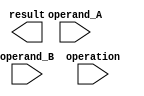
module FloatingPointALU (
    input wire [31:0] operand_A,
    input wire [31:0] operand_B,
    input wire [2:0] operation,
    output wire [31:0] result
);

// define IEEE 754 floating point format
parameter EXPONENT_WIDTH = 8;
parameter MANTISSA_WIDTH = 23;

// define states for different ALU operations
parameter ADD = 3'b000;
parameter SUBTRACT = 3'b001;
parameter MULTIPLY = 3'b010;
parameter DIVIDE = 3'b011;

// define internal signals
reg [31:0] exponent_A, exponent_B;
reg [MANTISSA_WIDTH-1:0] mantissa_A, mantissa_B, mantissa_result;
reg sign_A, sign_B, sign_result;
reg [2:0] operation_internal;
reg [2:0] state;

// define modules for exponent and mantissa calculation

// your code for exponent calculation module

// your code for mantissa calculation module

// ALU logic
always @* begin
    case(operation)
        ADD: operation_internal = ADD;
        SUBTRACT: operation_internal = SUBTRACT;
        MULTIPLY: operation_internal = MULTIPLY;
        DIVIDE: operation_internal = DIVIDE;
        default: operation_internal = ADD;
    endcase

    case(state)
        0: begin // load operands
            exponent_A = operand_A[30:23];
            mantissa_A = operand_A[22:0];
            exponent_B = operand_B[30:23];
            mantissa_B = operand_B[22:0];
            sign_A = operand_A[31];
            sign_B = operand_B[31];
            state = 1;
        end
        1: begin // perform operation
            case(operation_internal)
                ADD: mantissa_result = mantissa_A + mantissa_B;
                SUBTRACT: mantissa_result = mantissa_A - mantissa_B;
                MULTIPLY: mantissa_result = mantissa_A * mantissa_B;
                DIVIDE: mantissa_result = mantissa_A / mantissa_B;
            endcase
            state = 2;
        end
        2: begin // finalize result
            // your code to finalize result and update result signal
            state = 0;
        end
        default: state = 0;
    endcase
end

endmodule